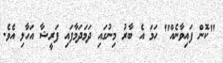
"ކޮން ފައިވާނެއް" ހަމަ އެ ބާރު މިނުގައި ދަމަދަމާފައި ފަރީޝާ އަހާލި އެވެ.